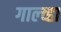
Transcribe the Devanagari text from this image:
गाल्व्हा